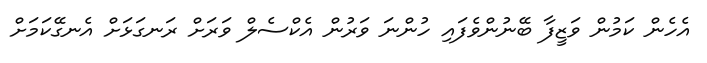
އެހެން ކަމުން ވަޒީފާ ބޭނުންވެފައި ހުންނަ ވަރުން އެކްސެލް ވަރަށް ރަނގަޅަށް އެނގޭކަމަށް